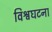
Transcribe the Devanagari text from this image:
विश्वघटना